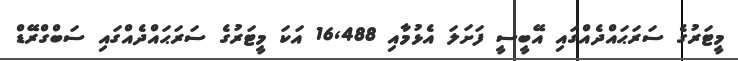
މީޓަރުގެ ސަރަޙައްދެއްގައި އޭބީސީ ފަށަލަ އެޅުމާއި 16